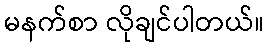
မနက်စာ လိုချင်ပါတယ်။